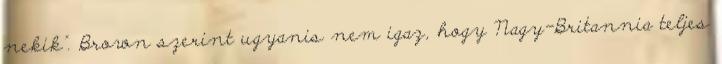
nekik". Brown szerint ugyanis nem igaz, hogy Nagy-Britannia teljes